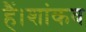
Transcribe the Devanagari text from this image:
हैं।शांकव